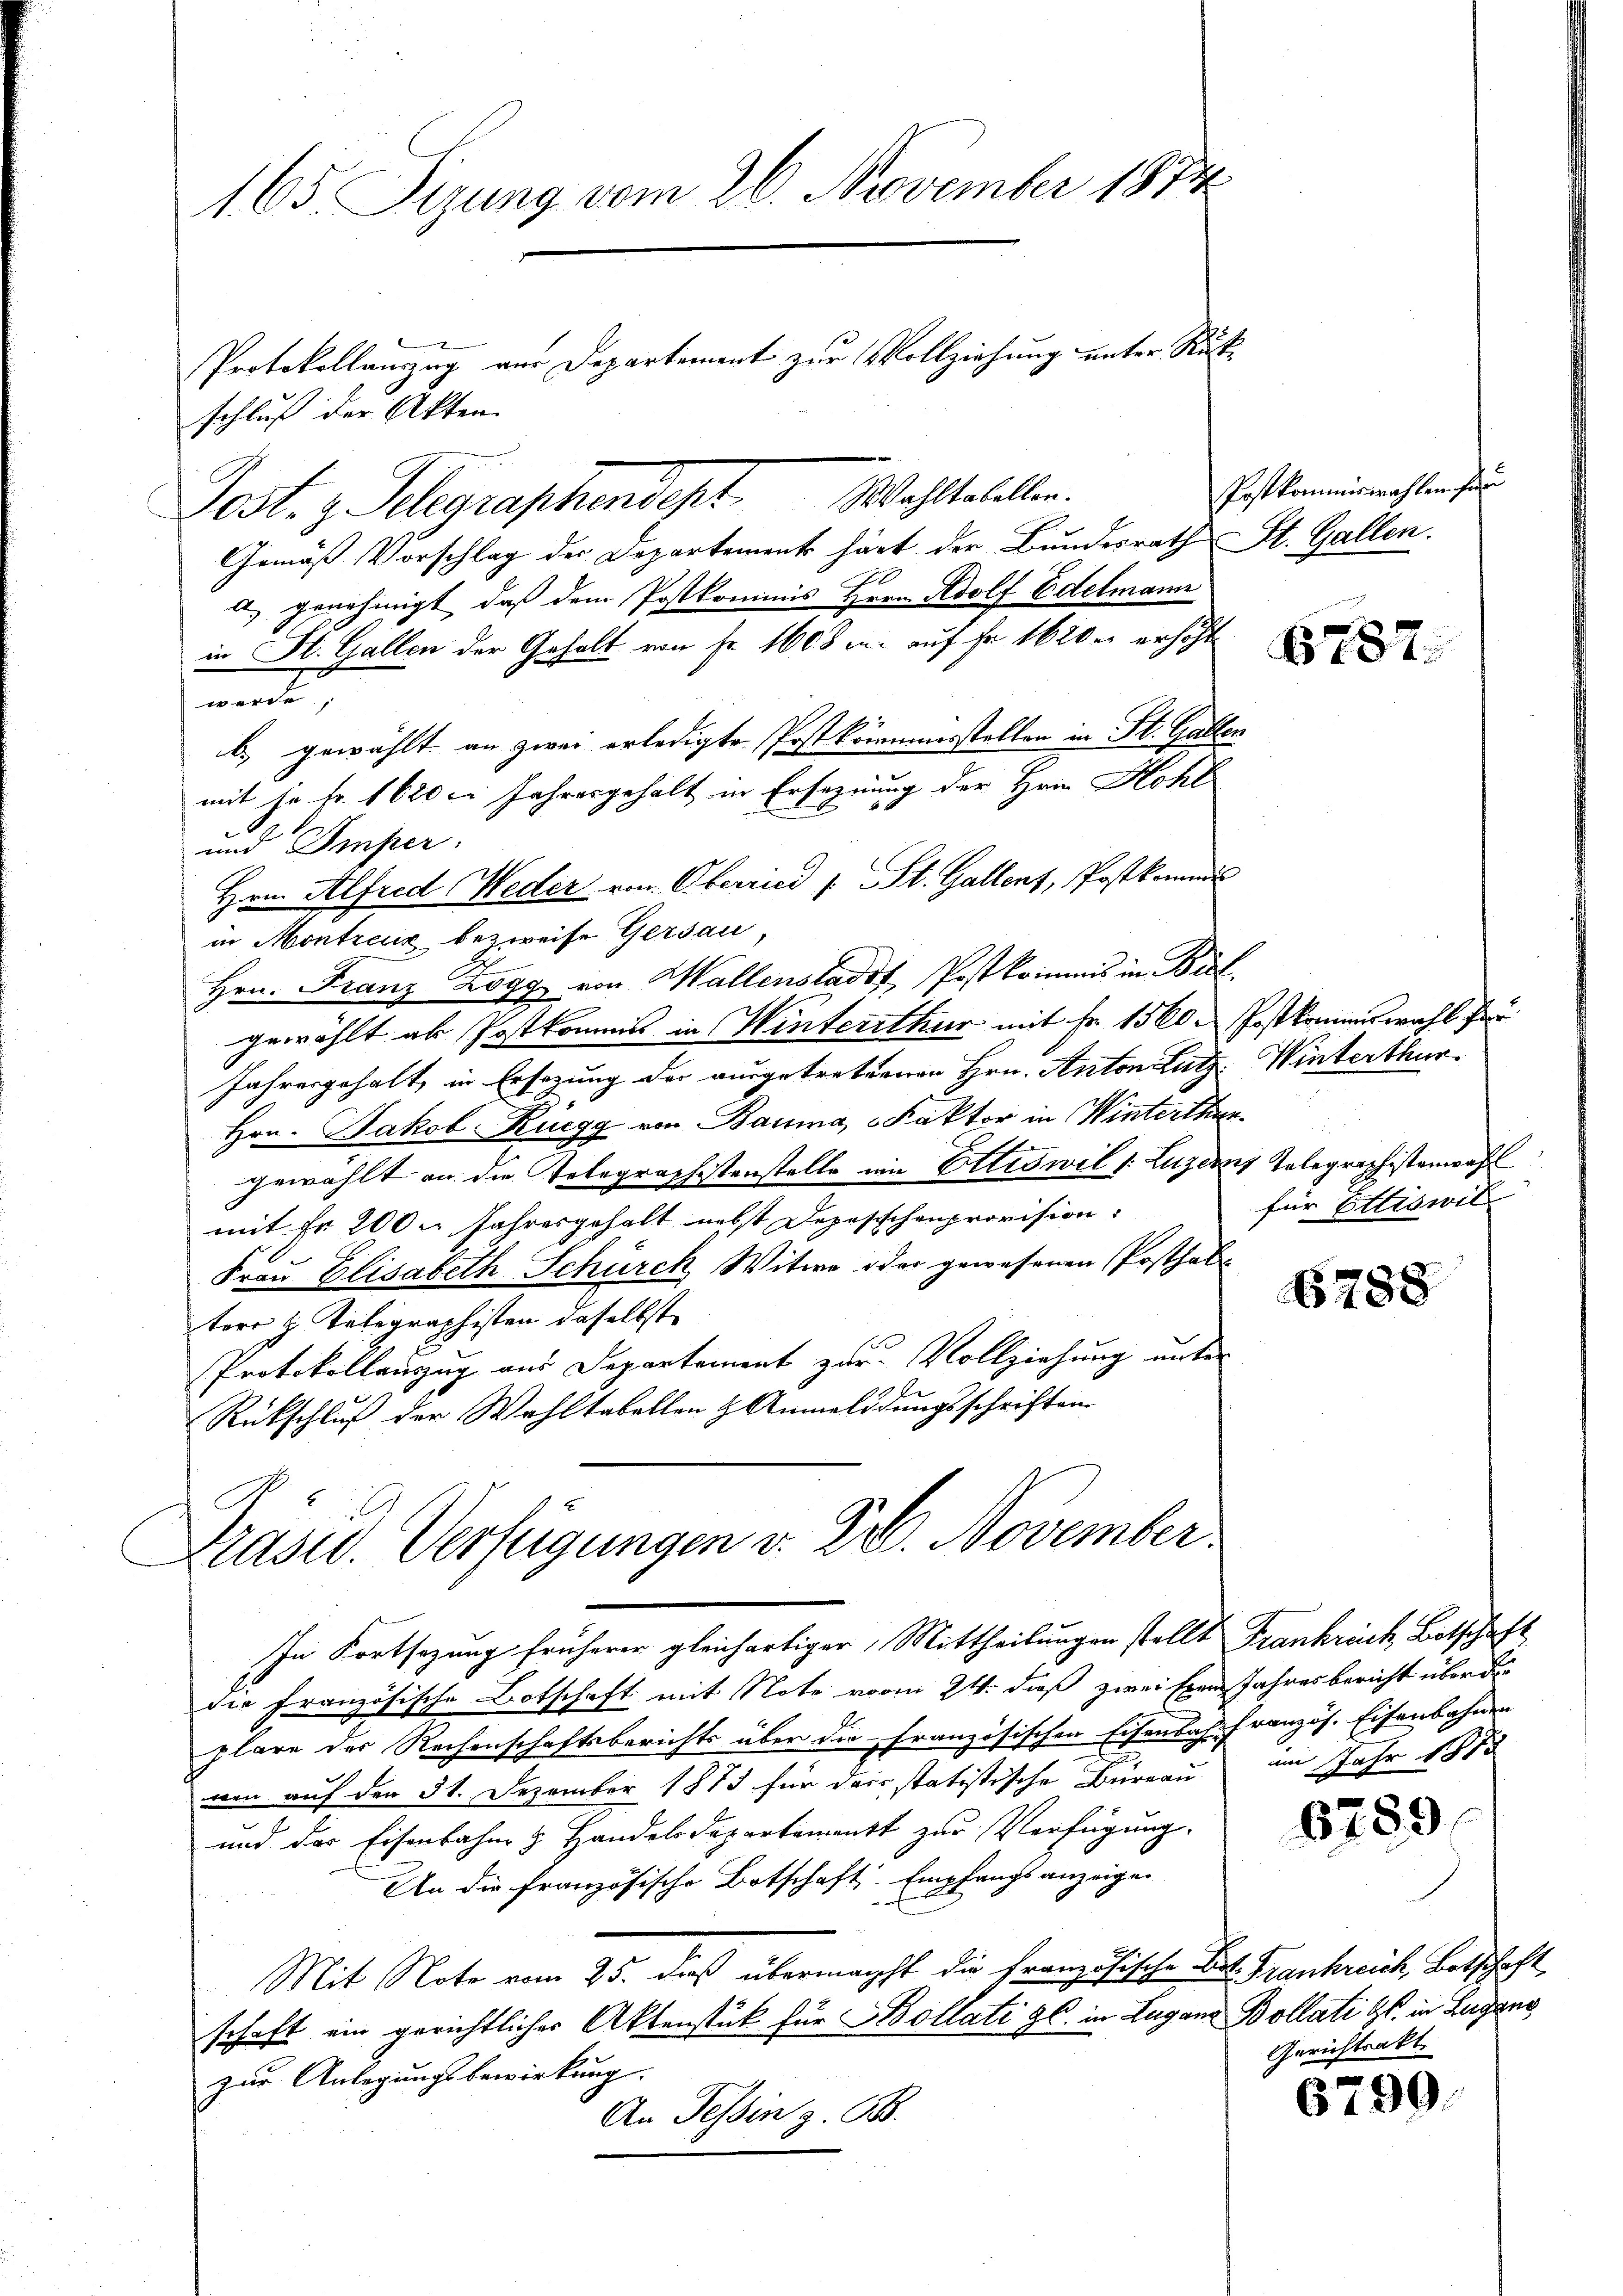
165. Sizung vom 26. November 1874
Protokollauszug vor Departement zur Vollziehung unter Rüksten.
iber
2
schluß

Post. z. Schegraphendert Wachstellen.
Gemäß Vorschlag der Departement härt der Bundesrath St. Gallen.
a genehmigt, daß dem Postkommis Hrrn. Adolf Edelmann
in St. Gallen der Gehalt von Fr. 1608 u. auf Fr. 1620 erhöht
werde,
b.) gewählt an zwei erledigte Postkommensstellen in St. Gallen
mit in Fr. 1620 l. Jahresgehalt in Ersegnung der Hrrn Hohl
und Imper.
Hrn. Alfred Weder von Oberried / St. Gallenz, Postkomme
in Montreux bezweife Gersau
Hrn. Franz Zogg von Wallenstadt, Postkommis in Biel
gewählt ab Postkommis in Winterrthur mit Fr. 1560. Postkommiswahl der
Jahresgehalt, in Ersezung der ausgetretenen Hrn. Anton Lutz Winterthur
Hrn. Jakob Rüegg von Bauma, Faktor in Winterthur
gewählt an die Telegraphistenstelle ein Ettiswil 1. Luzerny Telegraphistenwahl
mit Fr. 200 Jahresgehalt nebst Depeschenprovision:
Frau Elisabeth Schürck Witwe oder gewesenen Posthal
tors z. Telegraphisten daselbst
Protokollauszug aus Departement zur Vollziehung unter
Rückschluß der Wahltabellen & Anmeldungsschriften
Präsid. Verfügungen v. 22. November.
In Fortsezung früherer gleichartiger Mittheilungen stellt Frankrick, Botschaft
die Französische Botschaft mit Note vom 24. daß zwei Exen Jahresbericht überde
plare der Rechenschaftsberichts über die Französischen Eisenbach französ. Eisenbahnen
nen auf den 31. Dezember 1873 für das statistische Büreau im Jahr 1818
und das Eisenbahn & Handelsdepartement zur Verfügung.
An die französische Botschaft. Empfangsanzeigen
—
Mit Note vom 25. dieß übermacht die Französische Bes. Frankreich, Betschaft
schaft ein gerichtlicher Aktenstück für Kollati gl. in Lugan Bollati Gs. in Lugano
zur Anlegungsbewirkung.
An Tessin z. B.

Postkommiswahlen für

6787.

für Ettiswil

6788

6789

Gerichtsakt

6799.